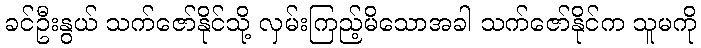
ခင်ဦးနွယ် သက်ဇော်နိုင်သို့ လှမ်းကြည့်မိသောအခါ သက်ဇော်နိုင်က သူမကို